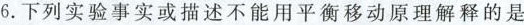
6.下列实验事实或描述不能用平衡移动原理的是